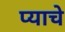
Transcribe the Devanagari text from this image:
प्याचे